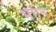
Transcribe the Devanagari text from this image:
भएन